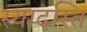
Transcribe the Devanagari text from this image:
स्यादस्ति